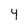
Character: 4